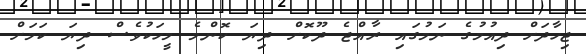
ޖިހާދަށް ދިއުމުގެ ނަމުގައި ރާއްޖެ ދޫކޮށް ދިޔަ ކޮންމެ މީހަކުވެސް ދިޔަ ކަމަށް